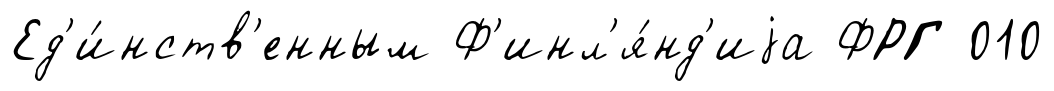
Ед'и́нств'енным Ф'инл'я́нд'иjа ФРГ 010